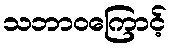
သဘာဝကြောင့်